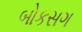
બોકસગ